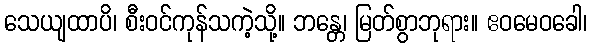
သေယျထာပိ၊ စီးဝင်ကုန်သကဲ့သို့။ ဘန္တေ၊ မြတ်စွာဘုရား။ ဧဝမေဝခေါ၊